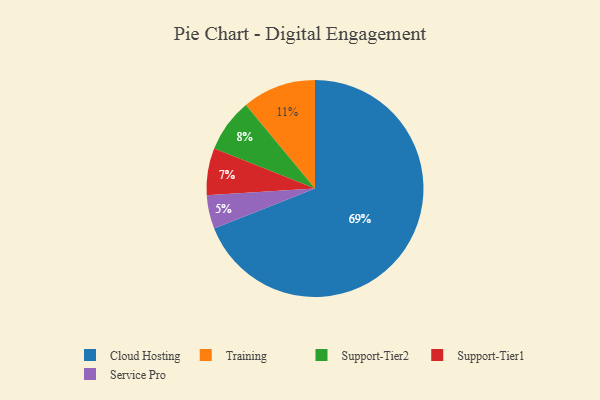
{"axis": {"x": "Category", "y": "Percentage"}, "legend": ["Cloud Hosting", "Service Pro", "Support-Tier1", "Support-Tier2", "Training"], "data": [{"x": "Cloud Hosting", "y": 69, "type": "Cloud Hosting"}, {"x": "Training", "y": 11, "type": "Training"}, {"x": "Support-Tier2", "y": 8, "type": "Support-Tier2"}, {"x": "Support-Tier1", "y": 7, "type": "Support-Tier1"}, {"x": "Service Pro", "y": 5, "type": "Service Pro"}]}